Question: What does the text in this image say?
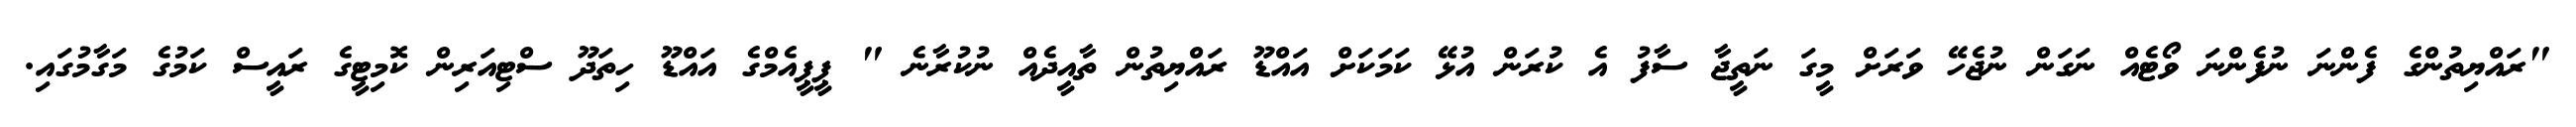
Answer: "ރައްޔިތުންގެ ފެންނަ ނުފެންނަ ވޯޓެއް ނަގަން ނުޖެހޭ ވަރަށް މީގަ ނަތީޖާ ސާފު އެ ކުރަން އުޅޭ ކަމަކަށް އައްޑޫ ރައްޔިތުން ތާއީދެއް ނުކުރާނެ " ޕީޕީއެމްގެ އައްޑޫ ހިތަދޫ ސްޓިއަރިން ކޮމިޓީގެ ރައީސް ކަމުގެ މަގާމުގައި.